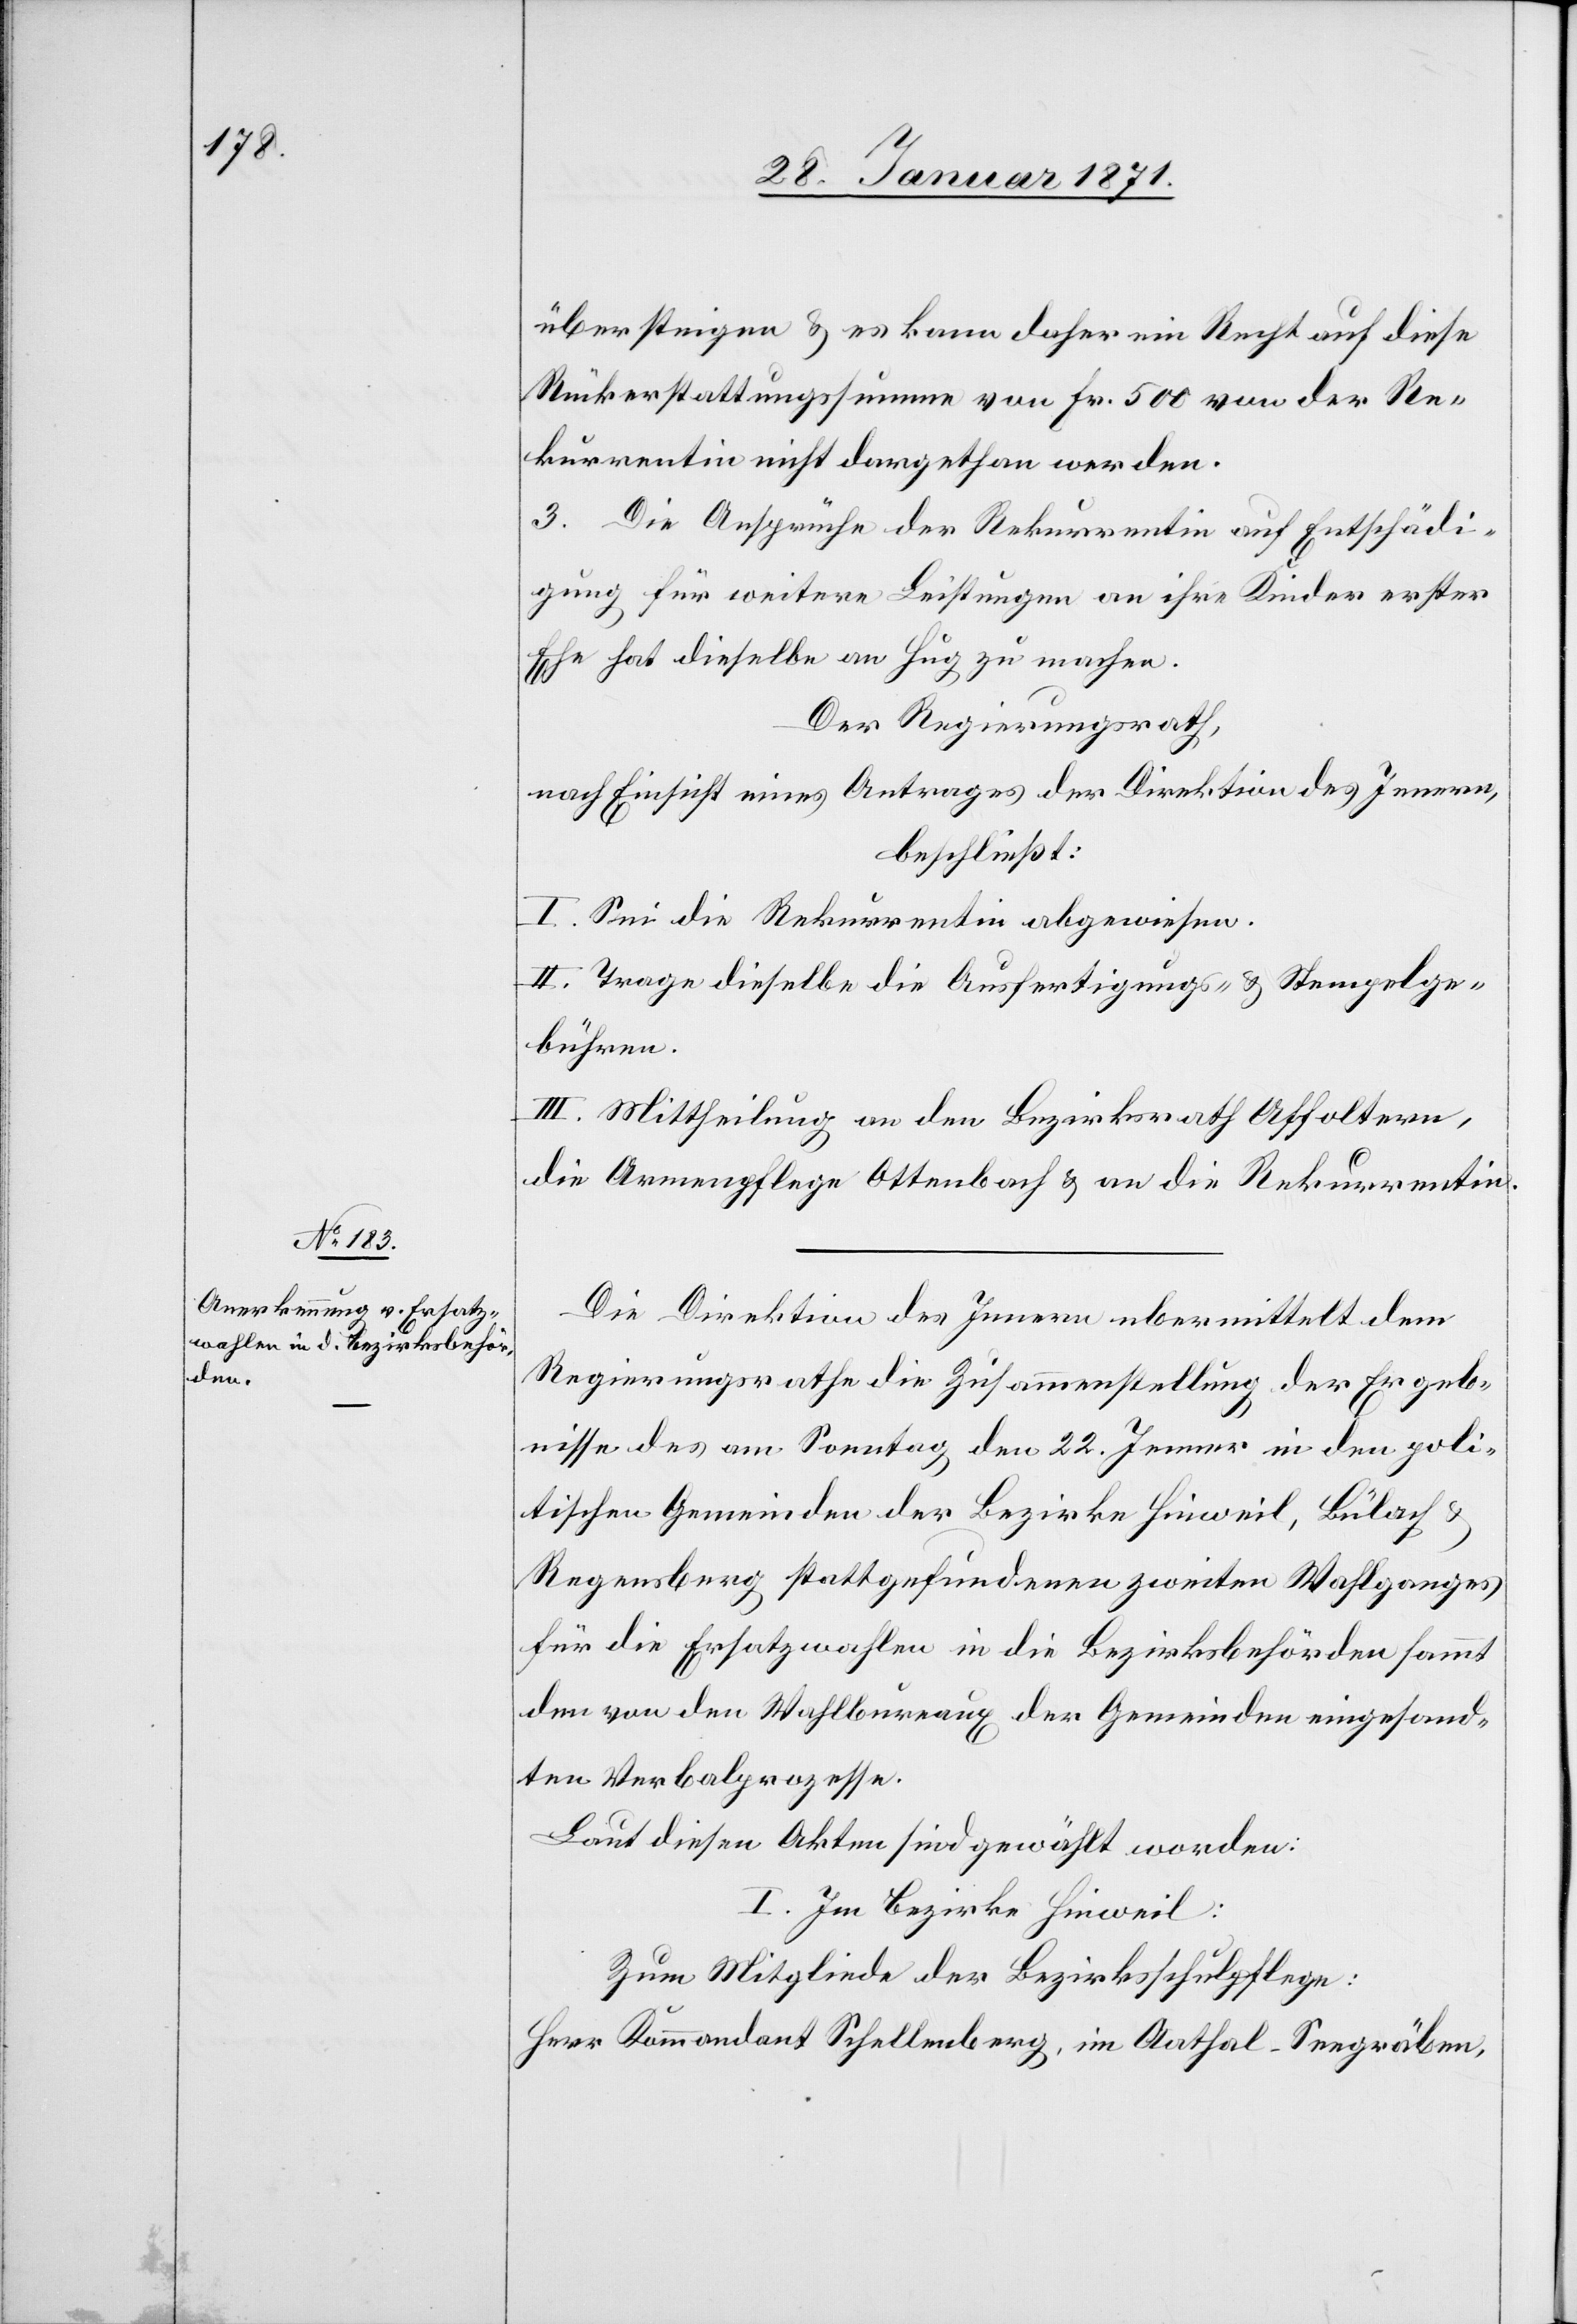
übersteigen u. es kann daher ein Recht auf diese
Rückerstattungssumme von Fr. 500 von der Re¬
kurrentin nicht dargethan werden.
3. Die Ansprüche der Rekurrentin auf Entschädi¬
gung für weitere Leistungen an ihre Kinder erster
Ehe hat dieselbe an Hug zu machen.
Der Regierungsrath,
nach Einsicht eines Antrages der Direktion des Innern,
beschließt:
I. Sei die Rekurrentin abgewiesen.
II: Trage dieselbe die Ausfertigungs- u. Stempelge¬
bühren.
III. Mittheilung an den Bezirksrath Affoltern,
die Armenpflege Ottenbach u. an die Rekurrentin.
Die Direktion des Innern übermittelt dem
Regierungsrathe die Zusammenstellung der Ergeb¬
nisse des am Sonntag den 22. Jenner in den poli¬
tischen Gemeinden der Bezirke Hinweil, Bülach u.
Regensberg stattgefundenen zweiten Wahlganges
für die Ersatzwahlen in die Bezirksbehörden sammt
den von den Wahlbureaux der Gemeinden eingesand¬
ten Verbalprozesse.
Laut diesen Akten sind gewählt worden:
I. Im Bezirke Hinweil:
Zum Mitgliede der Bezirksschulpflege:
Herr Kommandant Schellenberg, im Aathal-Seegräben,